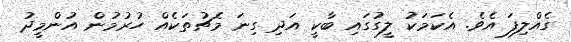
ގެެއްލިފަ އެވެ. އެކަމަކު ލީގުގައި ބާކީ އަދި ގިނަ މެޗުތަކެއް ހުރުމުން އުންމީދު